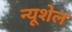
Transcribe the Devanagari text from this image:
न्यूशेल